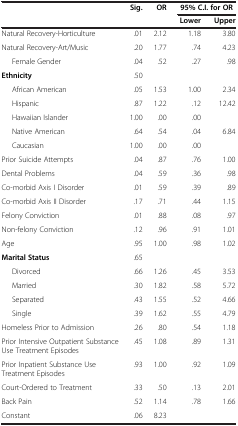
<table><thead><tr><td rowspan="2"><b> </b></td><td rowspan="2"><b>Sig.</b></td><td rowspan="2"><b>OR</b></td><td><b> </b></td><td><b>95% C.I. for OR</b></td></tr><tr><td><b>Lower</b></td><td><b>Upper</b></td></tr></thead><tbody><tr><td>Natural Recovery-Horticulture</td><td>.01</td><td>2.12</td><td>1.18</td><td>3.80</td></tr><tr><td>Natural Recovery-Art/Music</td><td>.20</td><td>1.77</td><td>.74</td><td>4.23</td></tr><tr><td>Female Gender</td><td>.04</td><td>.52</td><td>.27</td><td>.98</td></tr><tr><td><b>Ethnicity</b></td><td>.50</td><td> </td><td> </td><td> </td></tr><tr><td>African American</td><td>.05</td><td>1.53</td><td>1.00</td><td>2.34</td></tr><tr><td>Hispanic</td><td>.87</td><td>1.22</td><td>.12</td><td>12.42</td></tr><tr><td>Hawaiian Islander</td><td>1.00</td><td>.00</td><td>.00</td><td> </td></tr><tr><td>Native American</td><td>.64</td><td>.54</td><td>.04</td><td>6.84</td></tr><tr><td>Caucasian</td><td>1.00</td><td>.00</td><td>.00</td><td> </td></tr><tr><td>Prior Suicide Attempts</td><td>.04</td><td>.87</td><td>.76</td><td>1.00</td></tr><tr><td>Dental Problems</td><td>.04</td><td>.59</td><td>.36</td><td>.98</td></tr><tr><td>Co-morbid Axis I Disorder</td><td>.01</td><td>.59</td><td>.39</td><td>.89</td></tr><tr><td>Co-morbid Axis II Disorder</td><td>.17</td><td>.71</td><td>.44</td><td>1.15</td></tr><tr><td>Felony Conviction</td><td>.01</td><td>.88</td><td>.08</td><td>.97</td></tr><tr><td>Non-felony Conviction</td><td>.12</td><td>.96</td><td>.91</td><td>1.01</td></tr><tr><td>Age</td><td>.95</td><td>1.00</td><td>.98</td><td>1.02</td></tr><tr><td><b>Marital Status</b></td><td>.65</td><td> </td><td> </td><td> </td></tr><tr><td>Divorced</td><td>.66</td><td>1.26</td><td>.45</td><td>3.53</td></tr><tr><td>Married</td><td>.30</td><td>1.82</td><td>.58</td><td>5.72</td></tr><tr><td>Separated</td><td>.43</td><td>1.55</td><td>.52</td><td>4.66</td></tr><tr><td>Single</td><td>.39</td><td>1.62</td><td>.55</td><td>4.79</td></tr><tr><td>Homeless Prior to Admission</td><td>.26</td><td>.80</td><td>.54</td><td>1.18</td></tr><tr><td>Prior Intensive Outpatient Substance Use Treatment Episodes</td><td>.45</td><td>1.08</td><td>.89</td><td>1.31</td></tr><tr><td>Prior Inpatient Substance Use Treatment Episodes</td><td>.93</td><td>1.00</td><td>.92</td><td>1.09</td></tr><tr><td>Court-Ordered to Treatment</td><td>.33</td><td>.50</td><td>.13</td><td>2.01</td></tr><tr><td>Back Pain</td><td>.52</td><td>1.14</td><td>.78</td><td>1.66</td></tr><tr><td>Constant</td><td>.06</td><td>8.23</td><td> </td><td> </td></tr></tbody></table>